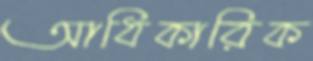
আধিকারিক